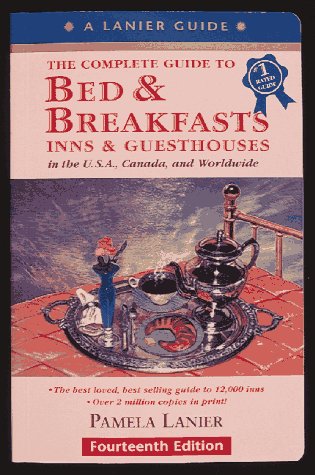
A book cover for The Complete Guide to Bed & Breakfasts, Inns, & Guesthouses (15th Edition); Pamela Lanier; Travel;